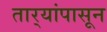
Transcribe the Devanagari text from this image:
तार्‍यांपासून